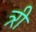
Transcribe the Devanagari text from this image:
त्र्री